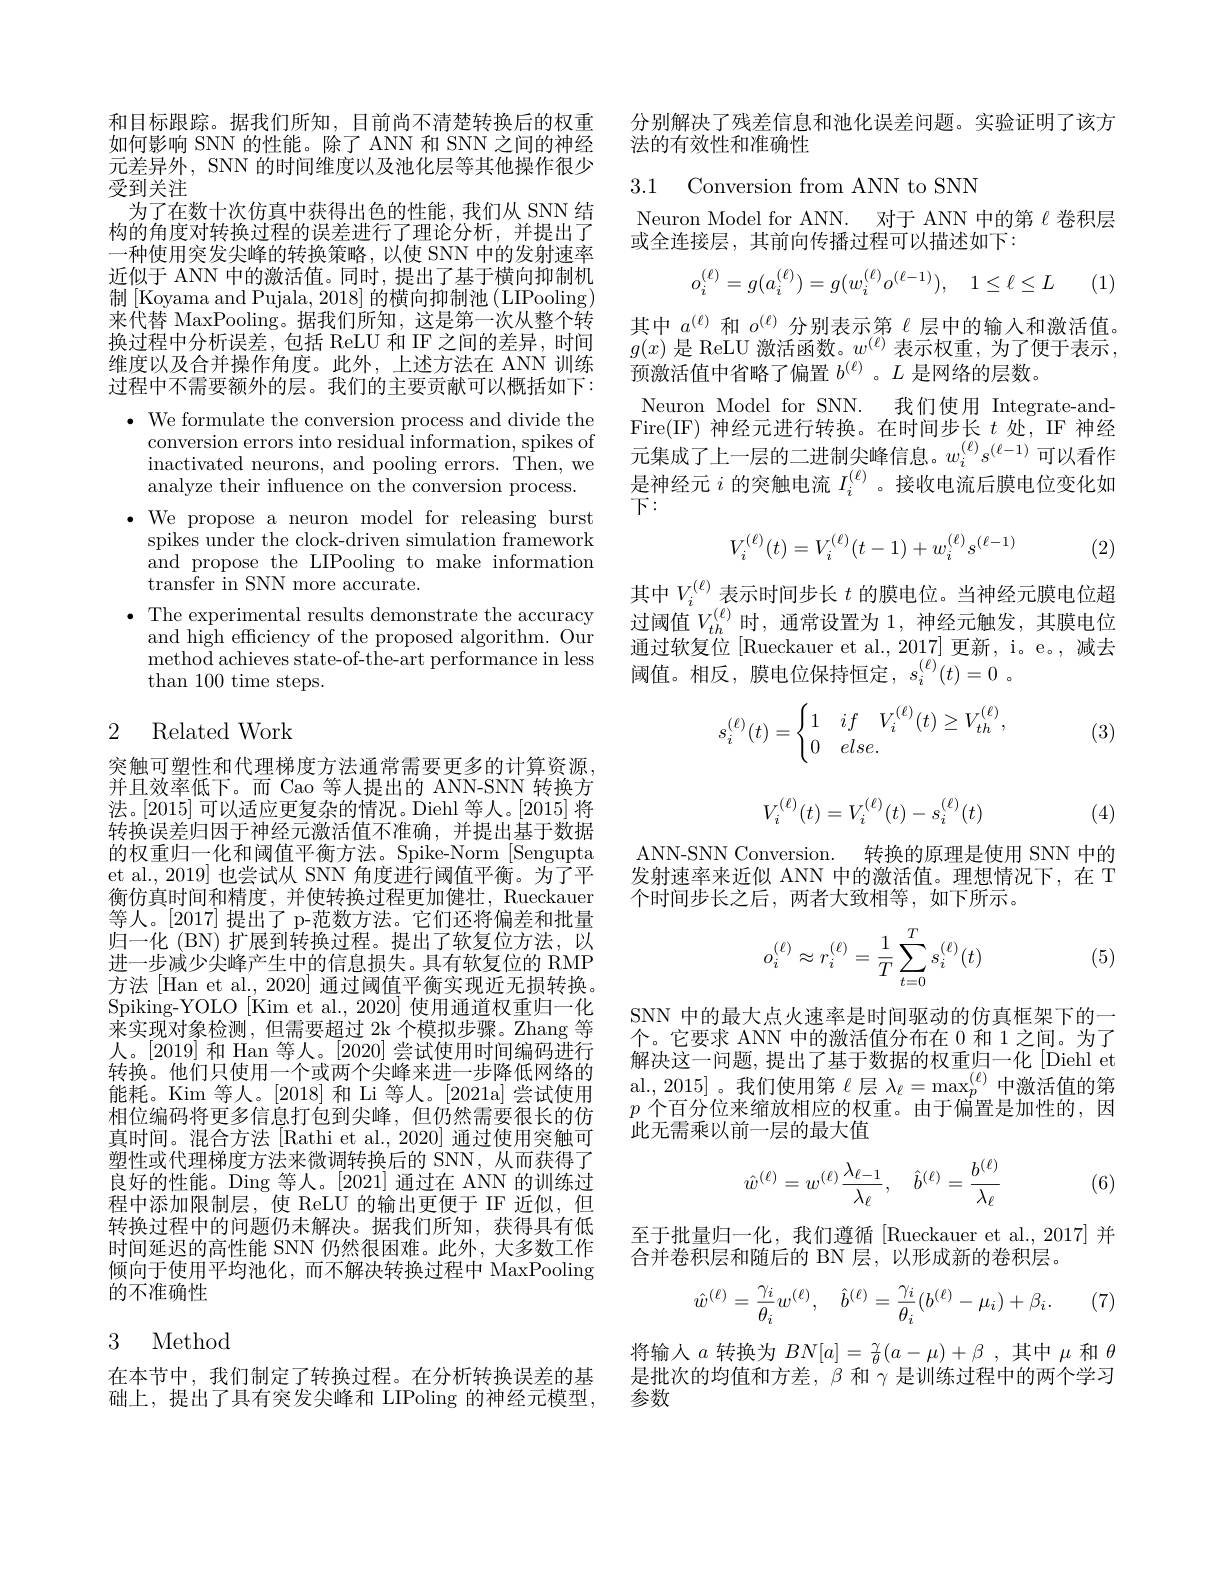
和目标跟踪。据我们所知，目前尚不清楚转换后的权重如何影响 SNN 的性能。除了 ANN 和 SNN 之间的神经元差异外，SNN 的时间维度以及池化层等其他操作很少受到关注
为了在数十次仿真中获得出色的性能，我们从 SNN 结构的角度对转换过程的误差进行了理论分析，并提出了一种使用突发尖峰的转换策略，以使 SNN 中的发射速率近似于 ANN 中的激活值。同时，提出了基于横向抑制机制 [Koyama and Pujala, 2018] 的横向抑制池 (LIPooling) 来代替 MaxPooling。据我们所知，这是第一次从整个转换过程中分析误差，包括 ReLU 和 IF 之间的差异，时间维度以及合并操作角度。此外，上述方法在 ANN 训练过程中不需要额外的层。我们的主要贡献可以概括如下：
$\bullet$ We formulate the conversion process and divide the
conversion errors into residual information, spikes of inactivated neurons, and pooling errors. Then, we analyze their influence on the conversion process.
$\bullet$ We propose a neuron model for releasing burst
spikes under the clock-driven simulation framework and propose the LIPooling to make information $\bar{\text{transfer in SNN more accurate}}.$
$\bullet$ The experimental results demonstrate the accuracy
and high efficiency of the proposed algorithm. Our ${\mathrm{method~achieves~state-of-the-art~performance~in~less}}$ $\operatorname{than}100$ time steps.

## 2 Related Work

突触可塑性和代理梯度方法通常需要更多的计算资源， 并且效率低下。而 Cao 等人提出的 ANN-SNN 转换方法。[2015] 可以适应更复杂的情况。Diehl 等人。[2015] 将转换误差归因于神经元激活值不准确，并提出基于数据的权重归一化和阈值平衡方法。Spike-Norm [Sengupta et al., 2019] 也尝试从 SNN 角度进行阈值平衡。为了平衡仿真时间和精度，并使转换过程更加健壮，Rueckauer 等人。[2017] 提出了 p-范数方法。它们还将偏差和批量归一化 (BN) 扩展到转换过程。提出了软复位方法，以进一步减少尖峰产生中的信息损失。具有软复位的 RMP 方法 [Han et al., 2020] 通过阈值平衡实现近无损转换。Spiking-YOLO[Kim et al., 2020] 使用通道权重归一化来实现对象检测，但需要超过 2k 个模拟步骤。Zhang 等人。$\left\lfloor2019\right\rfloor$和 Han 等人。$\left\lfloor2020\right\rfloor$尝试使用时间编码进行转换。他们只使用一个或两个尖峰来进一步降低网络的能耗。Kim 等人。[2018] 和 Li 等人。[2021a] 尝试使用相位编码将更多信息打包到尖峰，但仍然需要很长的仿真时间。混合方法 [Rathi et al., 2020] 通过使用突触可塑性或代理梯度方法来微调转换后的 SNN, 从而获得了良好的性能。Ding 等人。[2021] 通过在 ANN 的训练过程中添加限制层，使 ReLU 的输出更便于 IF 近似，但转换过程中的问题仍未解决。据我们所知，获得具有低时间延迟的高性能 SNN 仍然很困难。此外，大多数工作倾向于使用平均池化，而不解决转换过程中 MaxPooling 的不准确性

# 3 Method

在本节中，我们制定了转换过程。在分析转换误差的基础上，提出了具有突发尖峰和 LIPoling 的神经元模型，

分别解决了残差信息和池化误差问题。实验证明了该方
法的有效性和准确性

3.1 Conversion from ANN to SNN

Neuron Model for ANN. 对于 ANN 中的第$\ell$卷积层
或全连接层，其前向传播过程可以描述如下：
$$o_i^{(\ell)}=g(a_i^{(\ell)})=g(w_i^{(\ell)}o^{(\ell-1)}),\quad1\leq\ell\leq L$$
(1,

其中$a^{(\ell)}$和$o^{(\ell)}$分别表示第$\ell$层中的输入和激活值。$g(x)$ 是 ReLU 激活函数。$w^(\ell)$ 表示权重，为了便于表示， 预激活值中省略了偏置$b^{(\ell)}$ 。$L$是网络的层数。
Neuron Model for SNN. 我们使用 Integrate-andFire(IF) 神经元进行转换。在时间步长$t$ 处，IF 神经元集成了上一层的二进制尖峰信息。$w_i^{(\ell)}s^{(\ell-1)}$可以看作是神经元$i$的突触电流$I_i^{(\ell)}$ 。接收电流后膜电位变化如下：

(2)
$$V_i^{(\ell)}(t)=V_i^{(\ell)}(t-1)+w_i^{(\ell)}s^{(\ell-1)}$$
其中$V_i^{(\ell)}$表示时间步长$t$的膜电位。当神经元膜电位超过阈值$V_{th}^{(\ell)}$时，通常设置为 1, 神经元触发，其膜电位通过软复位[Rueckauer et al., 2017] 更新，i。e。,减去阈值。相反，膜电位保持恒定，$s_i^{(\ell)}(t)=0$。
$$s_i^{(\ell)}(t)=\begin{cases}1&if\quad V_i^{(\ell)}(t)\ge V_{th}^{(\ell)},\\0&else.\end{cases}$$
(3)
$$V_i^{(\ell)}(t)=V_i^{(\ell)}(t)-s_i^{(\ell)}(t)$$
(4)

ANN-SNN Conversion. 转换的原理是使用 SNN 中的发射速率来近似 ANN 中的激活值。理想情况下，在 T 个时间步长之后，两者大致相等，如下所示。
$$o_i^{(\ell)}\approx r_i^{(\ell)}=\dfrac{1}{T}\sum_{t=0}^Ts_i^{(\ell)}(t)$$
(5)

SNN 中的最大点火速率是时间驱动的仿真框架下的一个。它要求 ANN 中的激活值分布在 0 和 1 之间。为了解决这一问题，提出了基于数据的权重归一化[Diehl et al.,2015]。我们使用第《层$\lambda_\ell=\max_p^{(\ell)}$中激活值的第$p$个百分位来缩放相应的权重。由于偏置是加性的，因此无需乘以前一层的最大值
$$\hat w^{(\ell)}=w^{(\ell)}\frac{\lambda_{\ell-1}}{\lambda_\ell},\quad\hat b^{(\ell)}=\frac{b^{(\ell)}}{\lambda_\ell}$$
(6)

至于批量归一化，我们遵循[Rueckauer et al.,2017]并
合并卷积层和随后的 BN 层，以形成新的卷积层。

(7)
$$\hat w^{(\ell)}=\frac{\gamma_i}{\theta_i}w^{(\ell)},\quad\hat b^{(\ell)}=\frac{\gamma_i}{\theta_i}(b^{(\ell)}-\mu_i)+\beta_i.$$
将输入$a$转换为$BN[a]=\frac\gamma\theta(a-\mu)+\beta$ ,其中$\mu$和$\theta$ 是批次的均值和方差，$\beta$和$\gamma$是训练过程中的两个学习参数